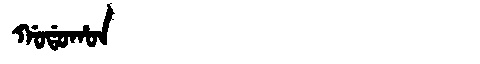
Manchu: ᡤᠣᡩᠣᡥᠣᠨ
Romanization: GODOHON